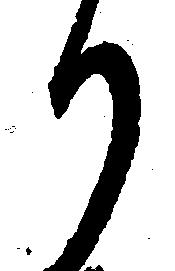
り